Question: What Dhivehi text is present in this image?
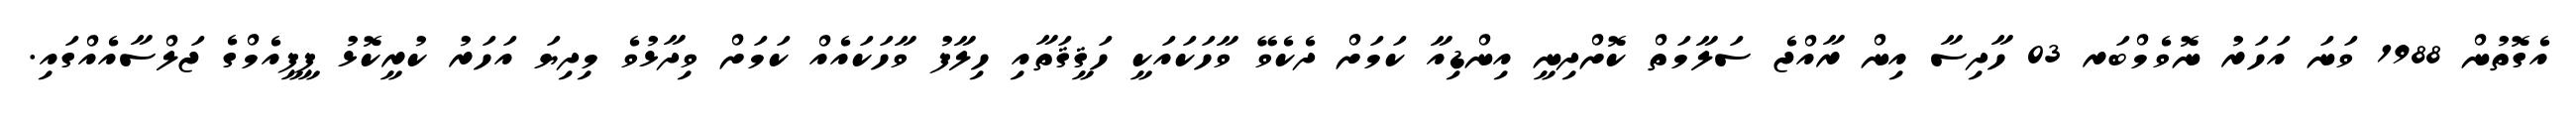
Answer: އެގޮތުން 1988 ވަނަ އަހަރު ނޮވެމްބަރ 03 ހާދިސާ އިން ރާއްޖެ ސަލާމަތް ކޮށްދިނީ އިންޑިއާ ކަމަށް ދެކެވޭ ވާހަކައަކީ ހަޤީޤަތާއި ހިލާފު ވާހަކައެއް ކަމަށް ވިދާޅުވެ މިދިޔަ އަހަރު ކުރީކޮޅު ޕީޕީއެމްގެ ޖަލްސާއެއްގައި.